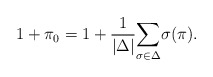
\begin{align*}1+\pi_0=1+\frac{1}{\vert\Delta\vert}\underset{\sigma\in \Delta}\sum \sigma (\pi).\end{align*}